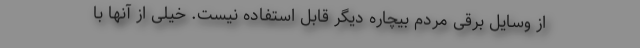
از وسایل برقی مردم بیچاره دیگر قابل استفاده نیست. خیلی از آنها با